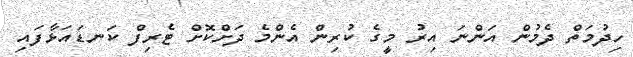
ހިދުމަތް ދެމުން އަންނަ އިރު މީގެ ކުރިން އެންމެ ދަށްކޮށް ޓެރިފް ކަނޑައަޅާފައި